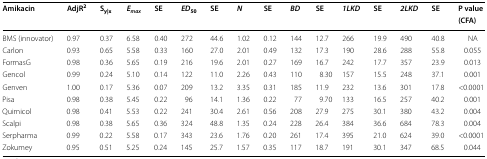
<table><thead><tr><td rowspan="2"><b>Amikacin</b></td><td rowspan="2"><b>AdjR<sup>2</sup></b></td><td rowspan="2"><b>S<sub>y|x</sub></b></td><td rowspan="2"><b><i>E</i><sub><i>max</i></sub></b></td><td rowspan="2"><b>SE</b></td><td rowspan="2"><b><i>ED</i><sub>50</sub></b></td><td rowspan="2"><b>SE</b></td><td rowspan="2"><b><i>N</i></b></td><td rowspan="2"><b>SE</b></td><td rowspan="2"><b><i>BD</i></b></td><td rowspan="2"><b>SE</b></td><td rowspan="2"><b><i>1LKD</i></b></td><td rowspan="2"><b>SE</b></td><td rowspan="2"><b><i>2LKD</i></b></td><td rowspan="2"><b>SE</b></td><td><b>P value</b></td></tr><tr><td><b>(CFA)</b></td></tr></thead><tbody><tr><td>BMS (innovator)</td><td>0.97</td><td>0.37</td><td>6.58</td><td>0.40</td><td>272</td><td>44.6</td><td>1.02</td><td>0.12</td><td>144</td><td>12.7</td><td>266</td><td>19.9</td><td>490</td><td>40.8</td><td>NA </td></tr><tr><td>Carlon</td><td>0.93</td><td>0.65</td><td>5.58</td><td>0.33</td><td>160</td><td>27.0</td><td>2.01</td><td>0.49</td><td>132</td><td>17.3</td><td>190</td><td>28.6</td><td>288</td><td>55.8</td><td>0.055</td></tr><tr><td>FormasG</td><td>0.98</td><td>0.36</td><td>5.65</td><td>0.19</td><td>216</td><td>19.6</td><td>2.01</td><td>0.27</td><td>169</td><td>16.7</td><td>242</td><td>17.7</td><td>357</td><td>23.9</td><td>0.013</td></tr><tr><td>Gencol</td><td>0.99</td><td>0.24</td><td>5.10</td><td>0.14</td><td>122</td><td>11.0</td><td>2.26</td><td>0.43</td><td>110</td><td>8.30</td><td>157</td><td>15.5</td><td>248</td><td>37.1</td><td>0.001</td></tr><tr><td>Genven</td><td>1.00</td><td>0.17</td><td>5.36</td><td>0.07</td><td>209</td><td>13.2</td><td>3.35</td><td>0.31</td><td>185</td><td>11.9</td><td>232</td><td>13.6</td><td>301</td><td>17.8</td><td>&lt;0.0001</td></tr><tr><td>Pisa</td><td>0.98</td><td>0.38</td><td>5.45</td><td>0.22</td><td>96</td><td>14.1</td><td>1.36</td><td>0.22</td><td>77</td><td>9.70</td><td>133</td><td>16.5</td><td>257</td><td>40.2</td><td>0.001</td></tr><tr><td>Quimicol</td><td>0.98</td><td>0.41</td><td>5.53</td><td>0.22</td><td>241</td><td>30.4</td><td>2.61</td><td>0.56</td><td>208</td><td>27.9</td><td>275</td><td>30.1</td><td>380</td><td>43.2</td><td>0.004</td></tr><tr><td>Scalpi</td><td>0.98</td><td>0.38</td><td>5.65</td><td>0.36</td><td>324</td><td>48.8</td><td>1.35</td><td>0.24</td><td>228</td><td>26.4</td><td>384</td><td>36.6</td><td>684</td><td>78.3</td><td>0.004</td></tr><tr><td>Serpharma</td><td>0.99</td><td>0.22</td><td>5.58</td><td>0.17</td><td>343</td><td>23.6</td><td>1.76</td><td>0.20</td><td>261</td><td>17.4</td><td>395</td><td>21.0</td><td>624</td><td>39.0</td><td>&lt;0.0001</td></tr><tr><td>Zokumey</td><td>0.95</td><td>0.51</td><td>5.25</td><td>0.24</td><td>145</td><td>25.7</td><td>1.57</td><td>0.35</td><td>117</td><td>18.7</td><td>191</td><td>30.1</td><td>347</td><td>68.5</td><td>0.044</td></tr></tbody></table>